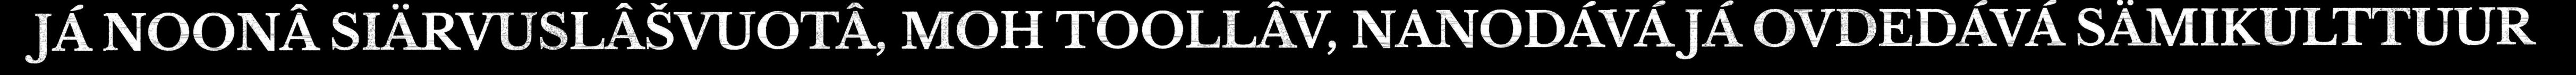
JÁ NOONÂ SIÄRVUSLÂŠVUOTÂ, MOH TOOLLÂV, NANODÁVÁ JÁ OVDEDÁVÁ SÄMIKULTTUUR